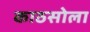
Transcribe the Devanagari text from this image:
काठसोला